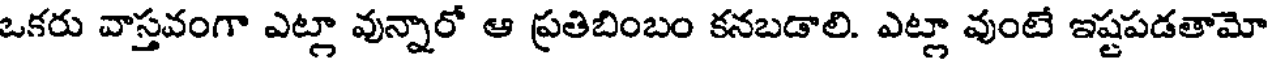
ఒకరు వాస్తవంగా ఎట్లా వున్నారో ఆ ప్రతిబింబం కనబడాలి. ఎట్లా వుంటే ఇష్టపడతామో